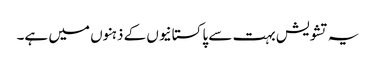
یہ تشویش بہت سے پاکستانیوں کے ذہنوں میں ہے۔